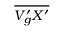
\overline { { V _ { g } ^ { \prime } X ^ { \prime } } }